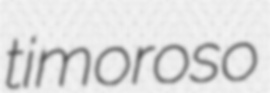
timoroso